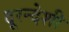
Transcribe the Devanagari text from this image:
दूरन्देशी